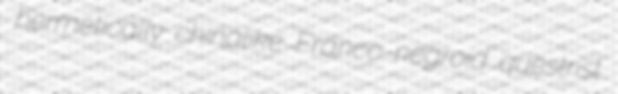
hermetically chinalike Franco-negroid questrist